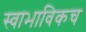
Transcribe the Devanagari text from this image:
स्‍वाभाविकच